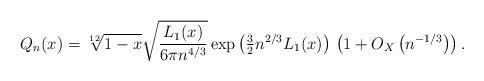
LaTeX: \begin{align*}Q_n(x)= \sqrt[12]{1-x} \sqrt{\frac{L_1(x)} { 6\pi n^{4/3} }}\exp \left( \tfrac{3} {2} n^{2/3} L_1(x) \right)\,\left( 1+O_X\left( n^{-1/3} \right) \right) .\end{align*}